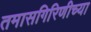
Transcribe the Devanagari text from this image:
तमासगिरिणीच्या